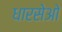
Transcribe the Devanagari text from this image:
धारसेओ